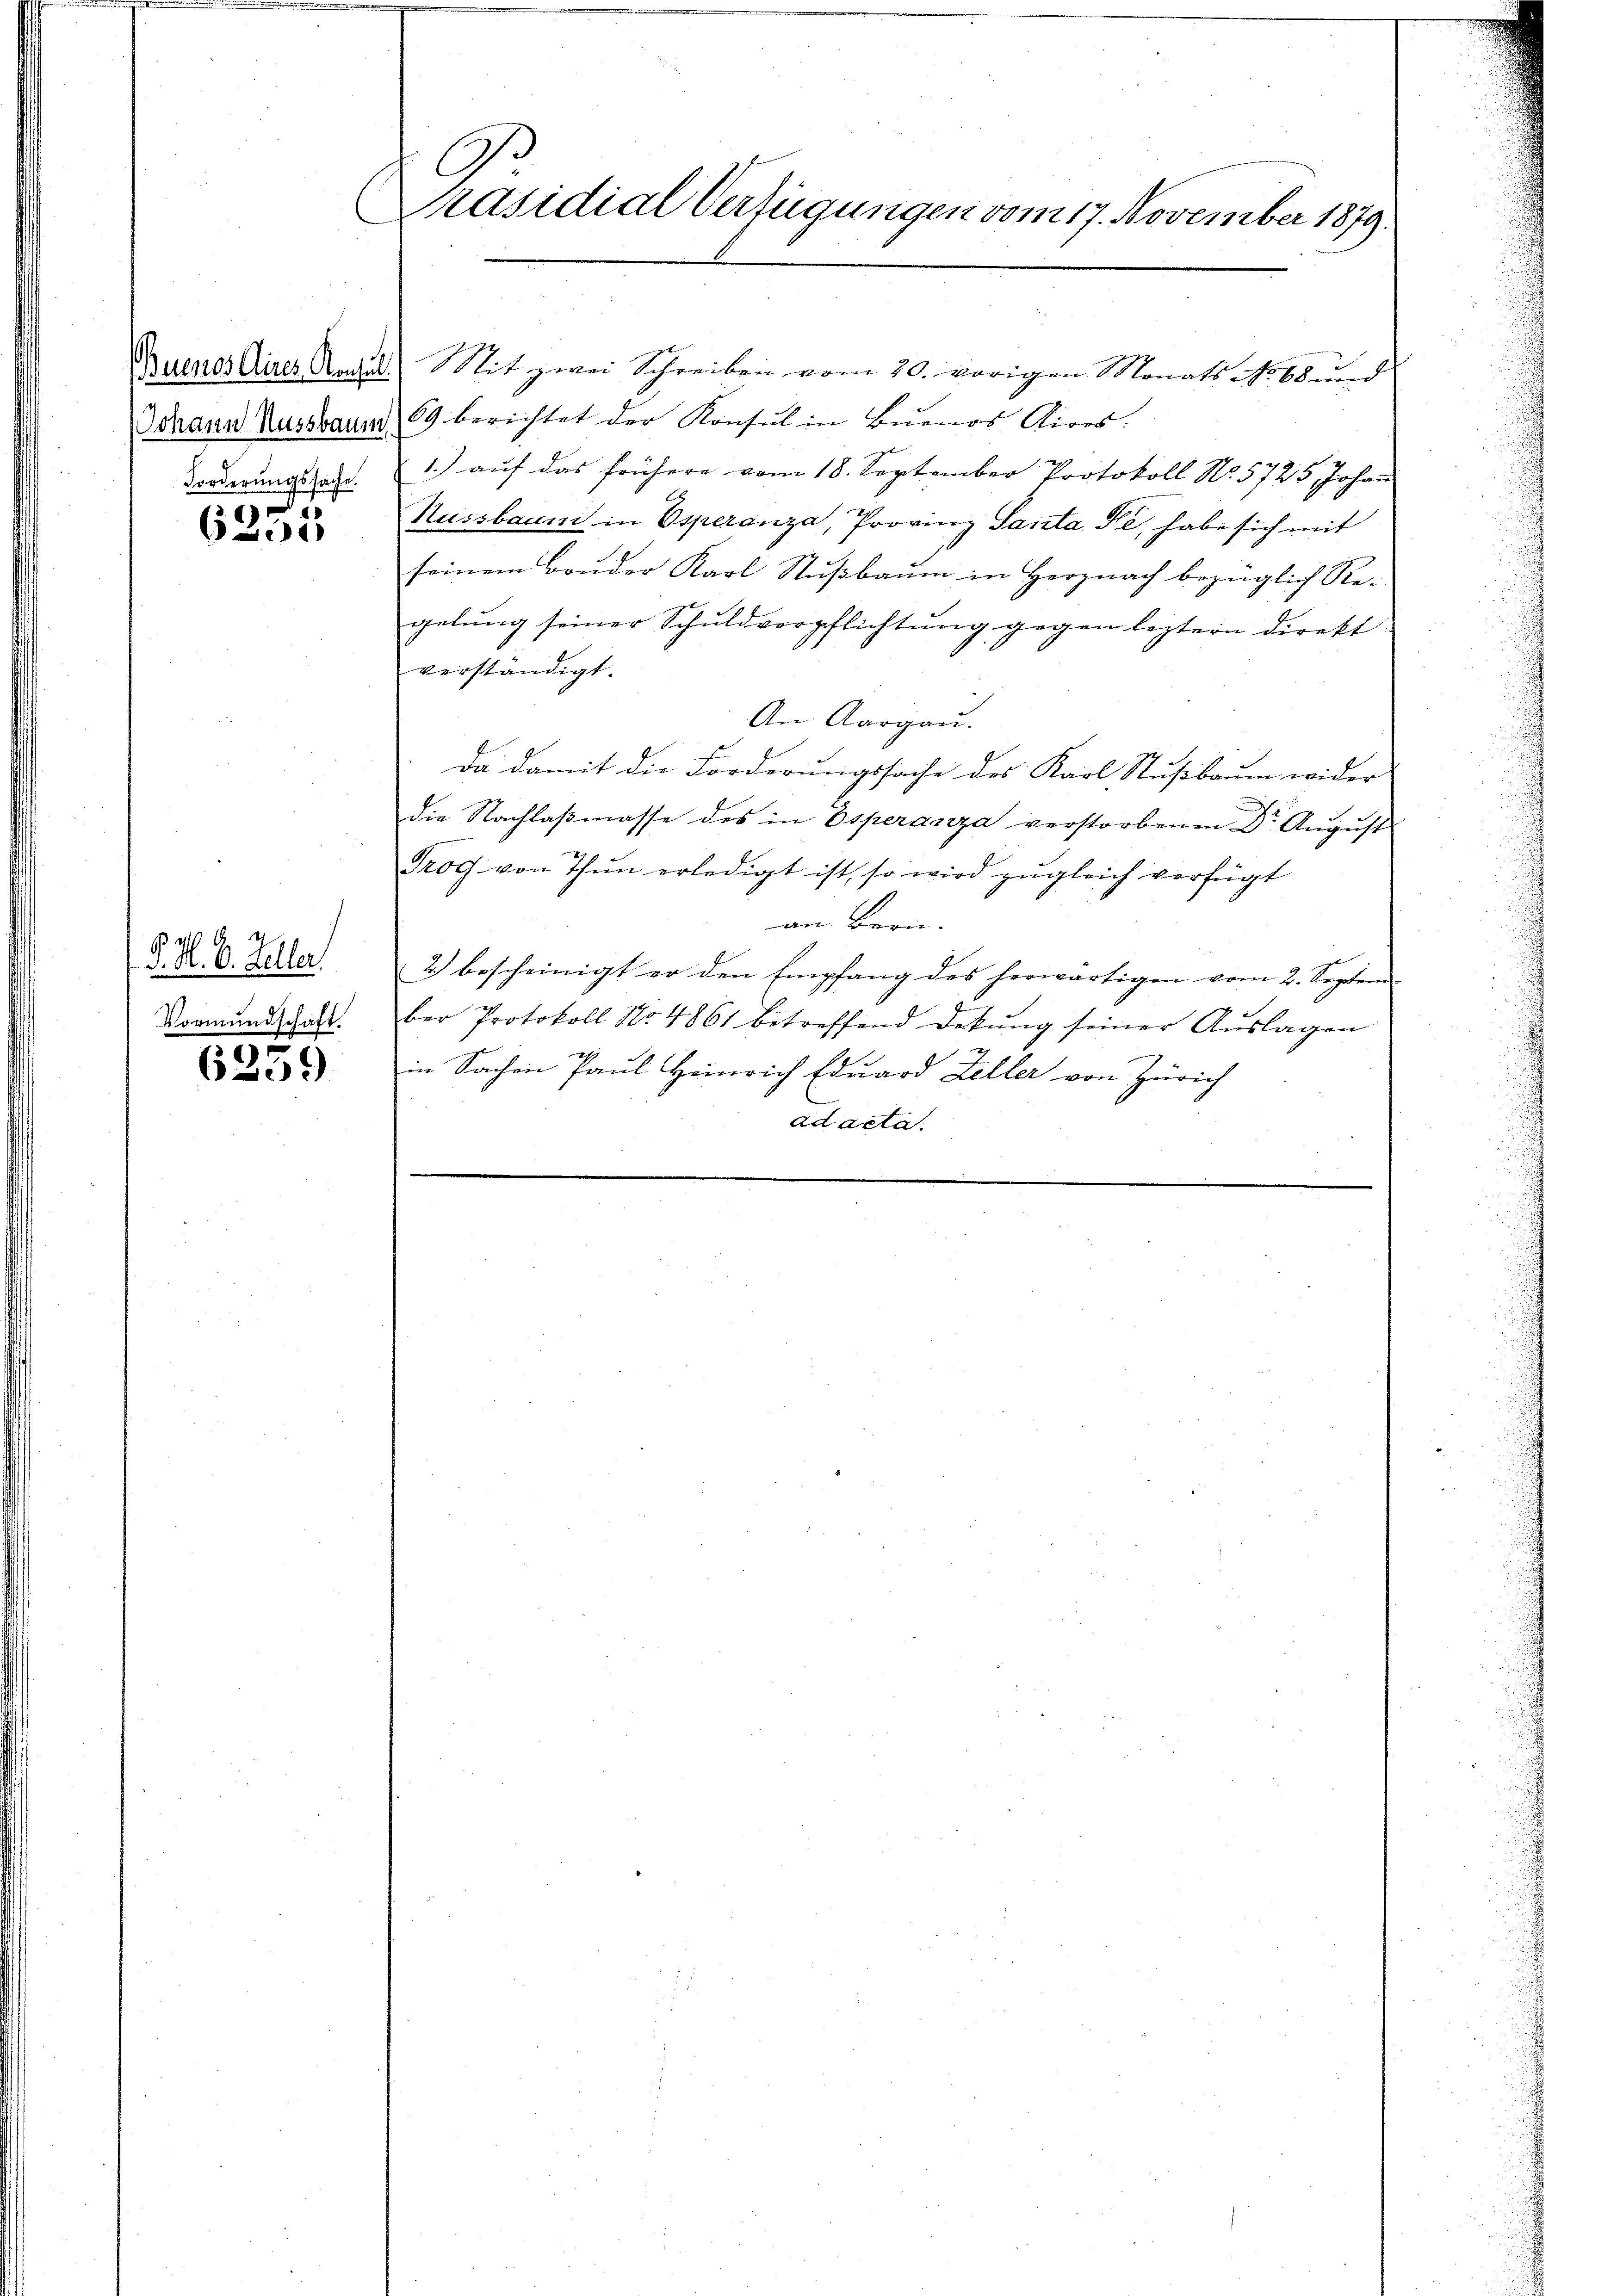
Forderungssache.

ud
6233

P. M. D. Keller
Vormundschaft.

6239

C
Präsidial-Verfügungen vom 17. November 1879.

Buenos Aires Nach Mit zwei Schreiben vom 20. vorigen Monats No 68 und
Johann Aussbaum 89 berichtet der Konsul in Buenos Aires.
1.) auf das frühere vom 18. September Protokoll No. 5725, Johan
Nussbaum in Esperanza, Provinz Santa Fe, habe sich mit
seinem Bruder Karl Nußbaum in Herz nach bezüglich Re-
gelung seiner Schuldverpflichtung gegen leztern direkt
verständigt.
An Aargau.
Da damit die Forderungssache des Karl Stußbaum wider
die Nachlaßmasse des in Esperanza verstorbenen Dr. August
Trog von Thun erledigt ist, so wird zŭgleich verfügt
an Bern.
2) bescheinigt er den Empfang des herwärtigen vom 2. Septem
ber Protokoll No 4861 betreffend Dekŭng seiner Aŭslagen
in Sachen Paul Heinrich Eduard Zeller von Zürich
ad acta.